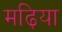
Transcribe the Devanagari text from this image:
मढ़िया